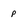
Character: p